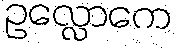
ဥလ္လောကေ